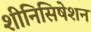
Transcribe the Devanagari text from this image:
शीनिसिषेशन